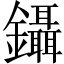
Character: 鑷